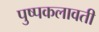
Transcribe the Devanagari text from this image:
पुष्पकलावती